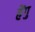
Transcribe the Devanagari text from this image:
हेंगु